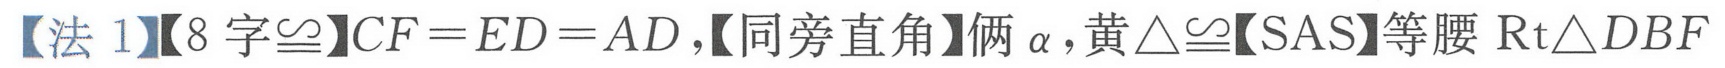
【法 1】【8 字\(\cong\)】\(CF = ED = AD\)，【同旁直角】俩\(\alpha\)，黄\(\triangle\cong\)【SAS】等腰\(\mathrm{Rt}\triangle DBF\)